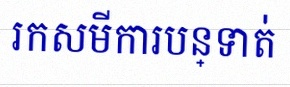
រកសមីការបន្ទាត់